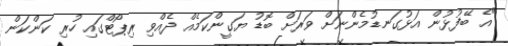
"އެ ބޭފުޅުން އަޅުގަނޑުމެންނަށް ވަަރަށް ބޮޑު ޔަގީންކަމެއް ދެއްވި ރިޕޯޓްގައި ހުރި ކަންކަން